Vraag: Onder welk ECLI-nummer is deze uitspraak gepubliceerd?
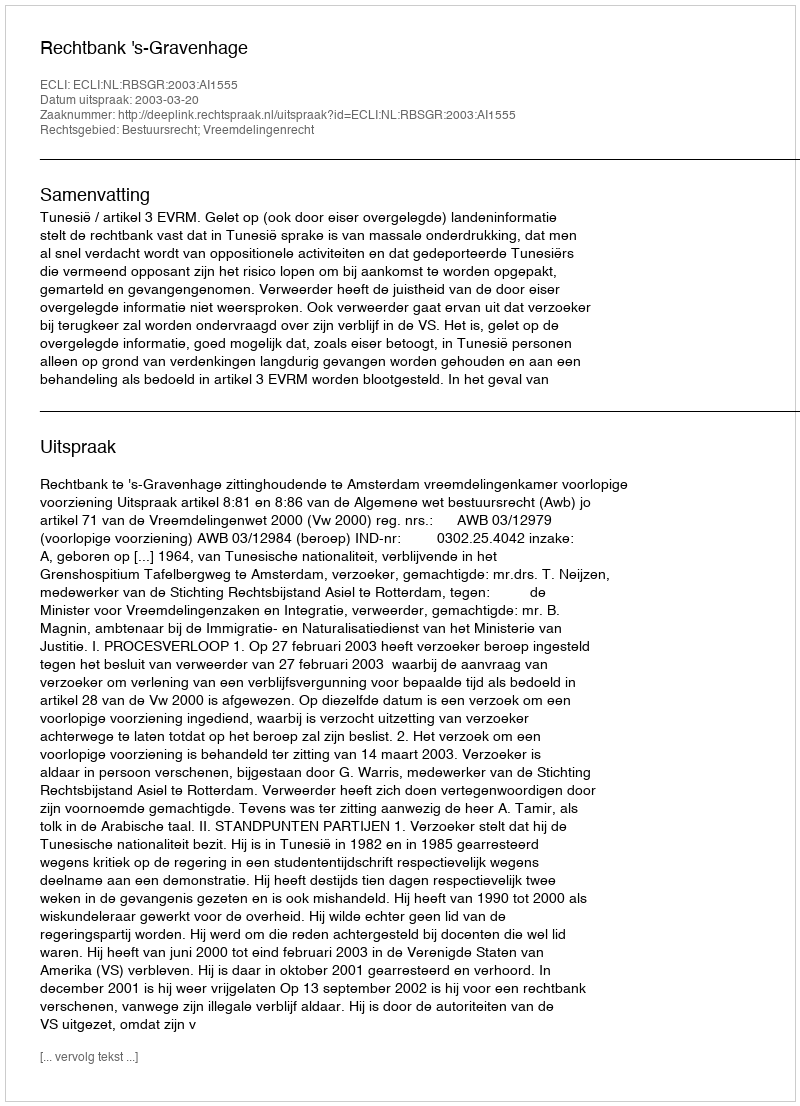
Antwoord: ECLI:NL:RBSGR:2003:AI1555